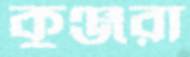
কুঞ্জরা